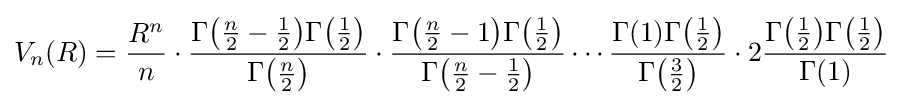
V_{n}(R)={\frac {R^{n}}{n}}\cdot {\frac {\Gamma {\bigl (}{\tfrac {n}{2}}-{\tfrac {1}{2}}{\bigr )}\Gamma {\bigl (}{\tfrac {1}{2}}{\bigr )}}{\Gamma {\bigl (}{\tfrac {n}{2}}{\bigr )}}}\cdot {\frac {\Gamma {\bigl (}{\tfrac {n}{2}}-1{\bigr )}\Gamma {\bigl (}{\tfrac {1}{2}}{\bigr )}}{\Gamma {\bigl (}{\tfrac {n}{2}}-{\tfrac {1}{2}}{\bigr )}}}\cdots {\frac {\Gamma (1)\Gamma {\bigl (}{\tfrac {1}{2}}{\bigr )}}{\Gamma {\bigl (}{\tfrac {3}{2}}{\bigr )}}}\cdot 2{\frac {\Gamma {\bigl (}{\tfrac {1}{2}}{\bigr )}\Gamma {\bigl (}{\tfrac {1}{2}}{\bigr )}}{\Gamma (1)}}